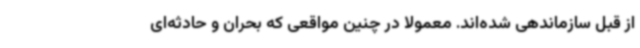
از قبل سازماندهی شده‌اند. معمولا در چنین مواقعی که بحران و حادثه‌ای